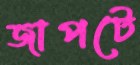
জাপটে